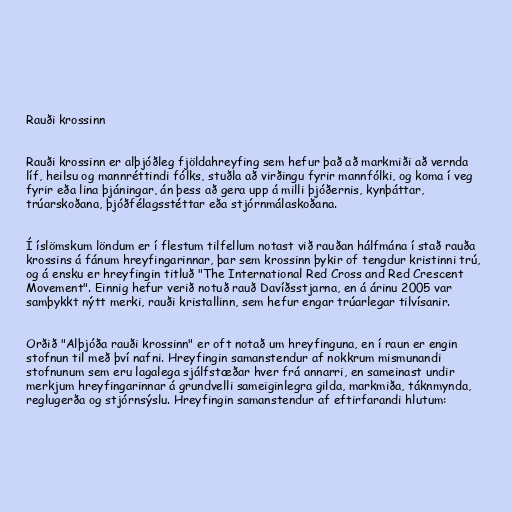
Rauði krossinn

Rauði krossinn er alþjóðleg fjöldahreyfing sem hefur það að markmiði að vernda
líf, heilsu og mannréttindi fólks, stuðla að virðingu fyrir mannfólki, og koma í veg
fyrir eða lina þjáningar, án þess að gera upp á milli þjóðernis, kynþáttar,
trúarskoðana, þjóðfélagsstéttar eða stjórnmálaskoðana.

Í íslömskum löndum er í flestum tilfellum notast við rauðan hálfmána í stað rauða
krossins á fánum hreyfingarinnar, þar sem krossinn þykir of tengdur kristinni trú,
og á ensku er hreyfingin titluð "The International Red Cross and Red Crescent
Movement". Einnig hefur verið notuð rauð Davíðsstjarna, en á árinu 2005 var
samþykkt nýtt merki, rauði kristallinn, sem hefur engar trúarlegar tilvísanir.

Orðið "Alþjóða rauði krossinn" er oft notað um hreyfinguna, en í raun er engin
stofnun til með því nafni. Hreyfingin samanstendur af nokkrum mismunandi
stofnunum sem eru lagalega sjálfstæðar hver frá annarri, en sameinast undir
merkjum hreyfingarinnar á grundvelli sameiginlegra gilda, markmiða, táknmynda,
reglugerða og stjórnsýslu. Hreyfingin samanstendur af eftirfarandi hlutum: